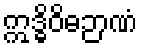
ဣဒ္ဓိဝိဓဉာဏံ